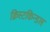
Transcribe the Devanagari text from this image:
क्रिस्टकिन्डल